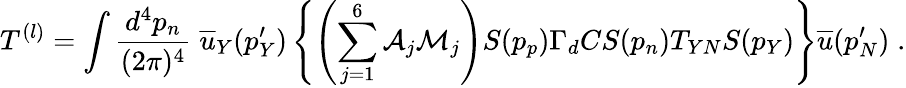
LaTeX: T^{(l)}=\int\frac{d^{4}p_{n}}{(2\pi)^{4}}\; \overline{{{u}}}_{Y}(p_{Y}^{\prime})\left\{ \left(\sum_{j=1}^{6}{\cal A}_{j}{\cal M}_{j}\right)S(p_{p})\Gamma_{d}CS(p_{n})T_{YN}S(p_{Y})\right\} \overline{{{u}}}(p_{N}^{\prime})\; .